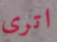
اترى